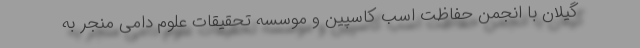
گیلان با انجمن حفاظت اسب کاسپین و موسسه تحقیقات علوم دامی منجر به